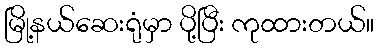
မြို့နယ်ဆေးရုံမှာ ပို့ပြီး ကုထားတယ်။